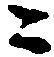
ニ